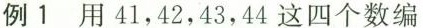
例1用41，42，43，44这四个数编